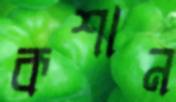
কশান